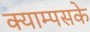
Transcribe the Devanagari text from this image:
क्याम्पसके